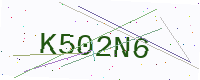
Text: K502N6